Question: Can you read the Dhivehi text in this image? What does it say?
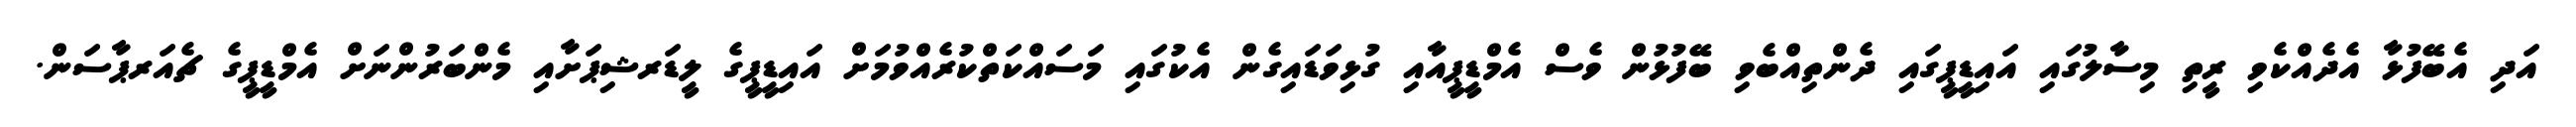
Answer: އަދި އެބޭފުޅާ އެދެއްކެވި ރީތި މިސާލުގައި އައިޑީޕީގައި ދެންތިއްބެވި ބޭފުޅުން ވެސް އެމްޑީޕީއާއި ގުޅިވަޑައިގެން އެކުގައި މަސައްކަތްކުރެއްވުމަށް އައިޑީޕީގެ ލީޑަރޝިޕަށާއި މެންބަރުންނަށް އެމްޑީޕީގެ ޗެއަރޕާސަން.